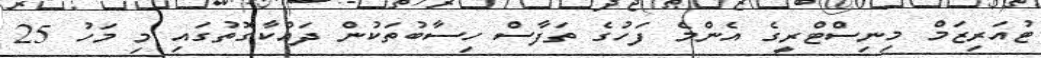
ޓުއަރިޒަމް މިނިސްޓްރީގެ އެންމެ ފަހުގެ ތަފާސް ހިސާބުތަކުން ދައްކާގޮތުގައި މި މަހު 25